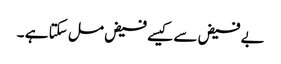
بے فیض سے کیسے فیض مل سکتا ہے ۔